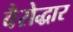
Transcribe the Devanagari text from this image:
वैरोद्धार